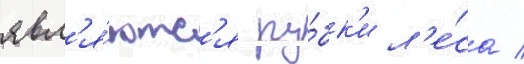
явл'я́ютс'я ру́бк'и л'е́са /